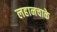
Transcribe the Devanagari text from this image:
लहानचाके